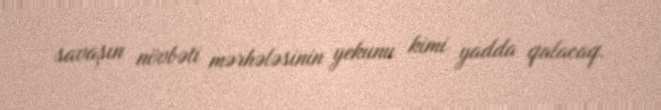
savaşın növbəti mərhələsinin yekunu kimi yadda qalacaq.